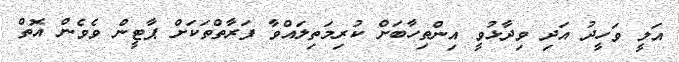
އަލީ ވަހީދު އަދި ވިދާޅުވީ އިންތިހާބަށް ކުރިމަތިލައްވާ ފަރާތްތަކަށް ޕާޓީން ވެވެން އޮތް